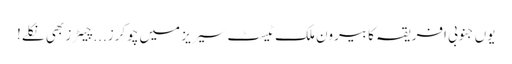
یوں جنوبی افریقہ کا بیرون ملک ٹیسٹ سیریز میں چوکرز...چیٹرز بھی نکلے!